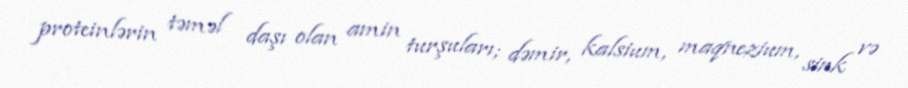
proteinlərin təməl daşı olan amin turşuları; dəmir, kalsium, maqnezium, sink və